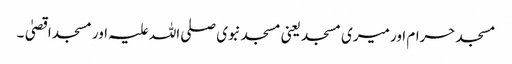
مسجد حرام اور میری مسجد یعنی مسجد نبوی صلی اللہ علیہ اور مسجد اقصیٰ۔